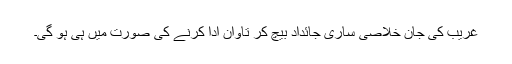
غریب کی جان خلاصی ساری جائداد بیچ کر تاوان ادا کرنے کی صورت میں ہی ہو گی۔